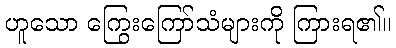
ဟူသော ကြွေးကြော်သံများကို ကြားရ၏။